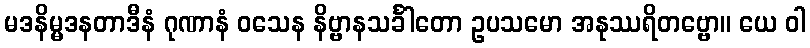
မဒနိမ္မဒနတာဒီနံ ဂုဏာနံ ဝသေန နိဗ္ဗာနသင်္ခါတော ဥပသမော အနုဿရိတဗ္ဗော။ ယေ ဝါ